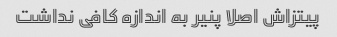
پیتزاش اصلا پنیر به اندازه کافی نداشت